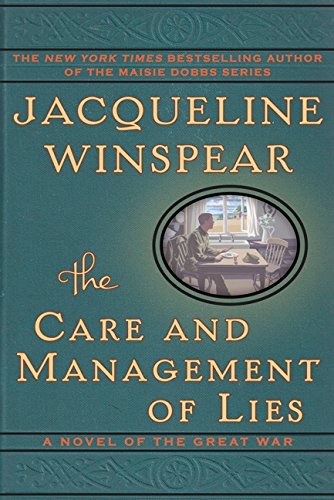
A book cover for The Care and Management of Lies: A Novel of the Great War; Jacqueline Winspear; Romance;